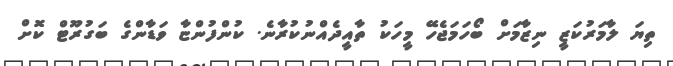
ތިޔަ ލާމަރުކަޒީ ނިޒާމަށް ބޯހަމަޖެހޭ މީހަކު ތާއީދެއްނުކުރާނެ. ކުންފުންޏާ ވަޑާންގެ ބަގުރޫޓް ކޮށް